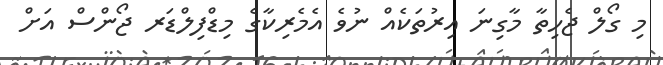
މި ގޯލް ޖެހިތާ މާގިނަ އިރުތަކެއް ނުވެ އެމެރިކާގެ މިޑްފިލްޑަރ ޖޯންސް އަށް